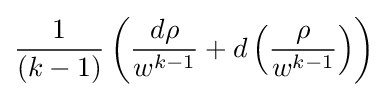
{\frac {1}{(k-1)}}\left({\frac {d\rho }{w^{k-1}}}+d\left({\frac {\rho }{w^{k-1}}}\right)\right)